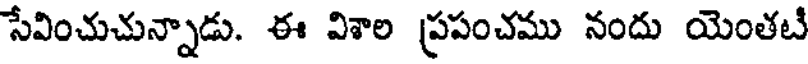
సేవించుచున్నాడు. ఈ విశాల ప్రపంచము నందు యెంతటీ